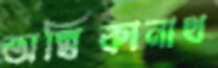
অম্বিকানাথ